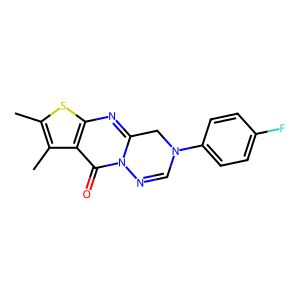
SMILES: Cc1sc2nc3n(c(=O)c2c1C)N=CN(c1ccc(F)cc1)C3
Inhibits HIV replication: No